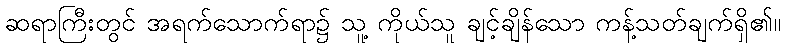
ဆရာကြီးတွင် အရက်သောက်ရာ၌ သူ့ ကိုယ်သူ ချင့်ချိန်သော ကန့်သတ်ချက်ရှိ၏။